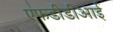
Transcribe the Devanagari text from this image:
एफडीडीआई